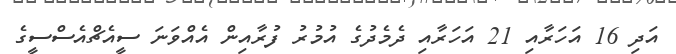
އަދި 16 އަހަރާއި 21 އަހަރާއި ދެމެދުގެ އުމުރު ފުރާއިން އެއްވަނަ ސީއެޗްއެސްސީގެ